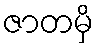
ဇာတမှိ